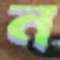
ন